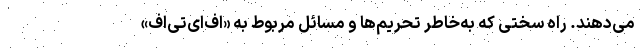
می‌دهند. راه سختی که به‌خاطر تحریم‌ها و مسائل مربوط به «اف‌ای‌تی‌اف»